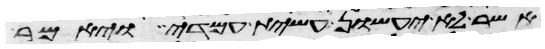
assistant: אשר לא יעשון עשית עמדי ויאמר